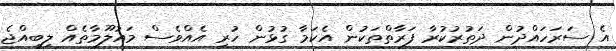
އެ ސަރަހައްދުން ދަތުރުކުރާ ފަރާތްތަކުން އެކަމާ ގުޅުން ހުރި އެއްވެސް މައުލޫމާތެއް ލިބިއްޖެ